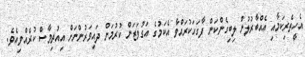
އެހީތެރިކަމާއި އެއްބާރުލުން ލިބިގެންކަން ފާގަހަކުރައްވާ އެކަމުގެ އަގުވަޒަން ކުރުމަށް ދައިވަރުންނަށް އިއުތިމާސް ކުރެއްވިއެވެ.